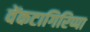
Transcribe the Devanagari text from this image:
वेंकटागिरिप्पा